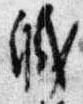
職